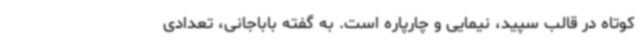
کوتاه در قالب سپید، نیمایی و چارپاره است. به گفته باباجانی، تعدادی